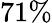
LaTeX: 71\%